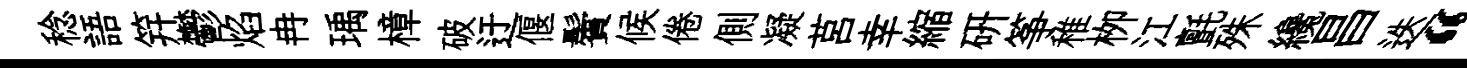
稔語笄鬱焰冉瑀樟破迂偃鬢候倦側凝莒幸縮研筝稚栁江氈殊纔昌迭“